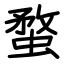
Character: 蝥